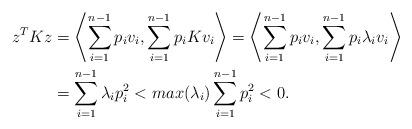
LaTeX: \begin{align*}z^TKz &= \left\langle \sum_{i=1}^{n-1}p_i v_i,\sum_{i=1}^{n-1}p_i Kv_i\right\rangle=\left\langle \sum_{i=1}^{n-1}p_i v_i,\sum_{i=1}^{n-1}p_i \lambda_i v_i\right\rangle \\&=\sum_{i=1}^{n-1}\lambda_i p_{i}^{2}<max(\lambda_i)\sum_{i=1}^{n-1}p_{i}^{2}<0.\end{align*}